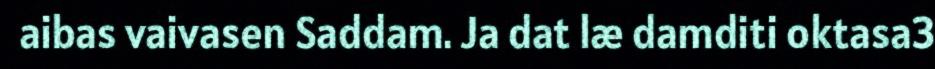
aibas vaivasen Saddam. Ja dat læ damditi oktasa3